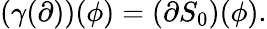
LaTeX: (\gamma(\partial))(\phi)=(\partial S_{0})(\phi).